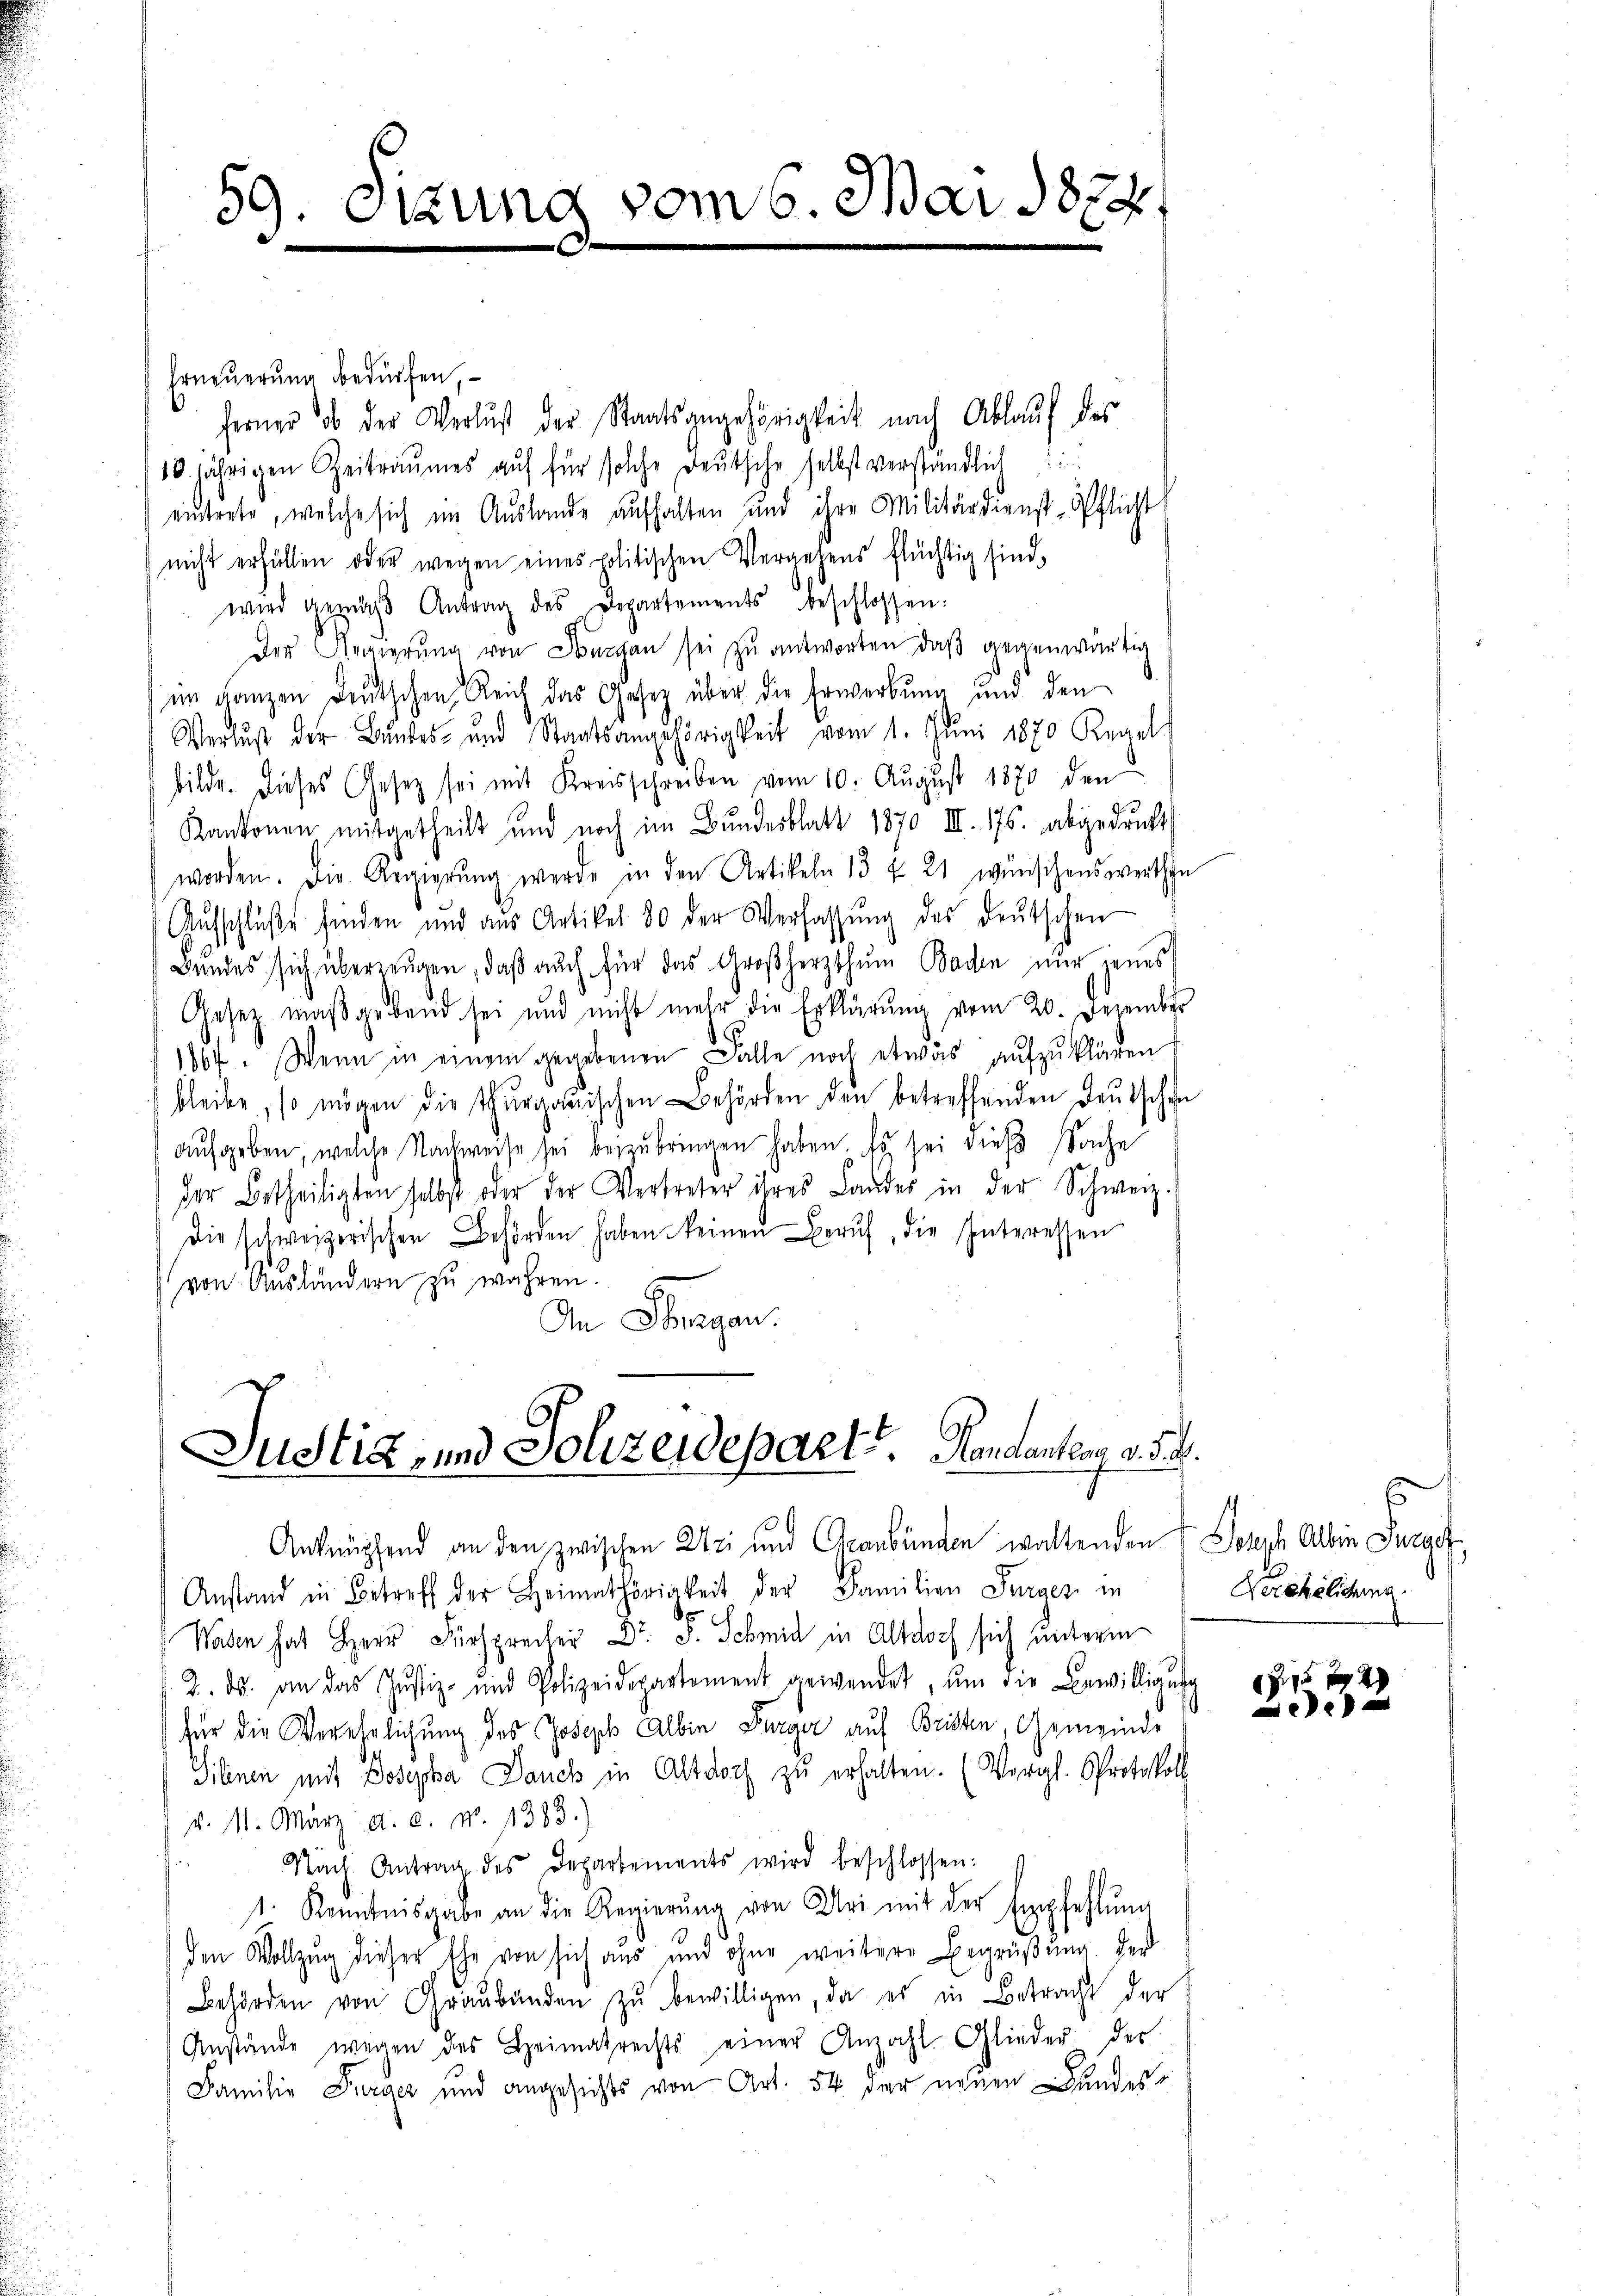
59. Sitzung vom 6. Mai 1874.

Erneuerung bedürfen,
ferner ob der Verlust der Staatsangehörigkeit nach Ablauf des
10 jährigen Zeitraumes auf für solche Deutsche selbst verständlich
eintrete, welche sich im Auslande aufhalten und ihre Militärdienstöfflicht
nicht erfüllen oder wegen eines politischen Vergehens flüchtig sind,
wird gemäβ Antrag des Departements beschlossen:
Der Regierŭng von Doman sei zŭ antworten, daβ gegenwärtig
im ganzen Deutschen Reich das Gesetz über die Erwerbung und den
Verlust der Bŭndes- und Staatsangehörigkeit vom 1. Juni 1870 Regel
bilde. Dieses Gesetz sei mit Kreisschreiben vom 10. Aŭgŭst 1870 den
Kankonen mitgetheilt und noch im Bŭndesblatt 1870 III. 175. abgedruckt
worden. Die Regierŭng werde in den Artikeln 13 f 21 wünschenswerthin
Aŭfschlüβe finden und aus Artikel 80 der Verfassŭng des deŭtschen
Bundes sich überzeugen, daß auch für das Großherzthum Baden nur jenes
Gesetz maßgebend sei und nicht mehr die Erklärung vom 20. Dezember
1864. Wenn in einem gegebenen Falle noch etwas aŭfzŭklären.
bleibe, so mögen die Thurgauischen Behörden den betreffenden Deutschen
aŭfgeben, welche Nachweise sei beizŭbringen haben. Es sei dieß Sache
der Betheiligten selbst oder der Vertreter ihres Landes in der Schweiz.
Die schweizerischen Behörden haben keinen Beruf, die Interessen
von Aŭsländern zŭ wahren. E
An Thurgau.

Justiz- und Polizeidepart. Handanten v. J.

Anknüpfend an den zwischen Uri und Graubünden waltenden & Joseph Albin Turge
Anstand in Betreff der Heimathörigkeit der Familien Surses in
Wasen hat Herr Fürsprecher Dr. J. Schmid in Altdoch sich unterm
2. ds. an das Jŭstiz- und Polizeidepartement gewendet, ŭm die Bewilligŭng
für die Verehelichung des Joseph Albin Burger auf Bristen, Gemeinde
Silinen mit Josepha Danck in Altdorf zŭ erhalten. (Vergl. Protokoll
v. M. März d. d. N. 1383.)
Nach Antrag des Departements wird beschlossen:
1. Kenntnisgabe an die Regierŭng von Uri mit der Empfehlŭng
den Vollzug dieser Ehe von sich aus und ohne weitere Begrüßung der
Behörden von Graubünden zŭ bewilligen, da es in Betracht der
Anstände wegen des Heimatrechts einer Anzahl Glieder der
Familie Purier und angesichts von Art. 54 der neuen Landes¬

s
Verehelichung.

0 f 15 x
e